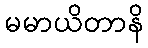
မမာယိတာနိ